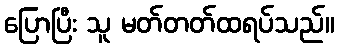
ပြောပြီး သူ မတ်တတ်ထရပ်သည်။